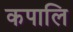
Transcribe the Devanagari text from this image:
कपालि